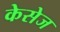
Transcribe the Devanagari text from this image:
केसेज